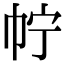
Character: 𢁼